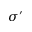
\sigma ^ { \prime }